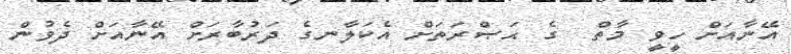
އޭނާއަށް ހީވީ މާތް  ގެ ޙަޞްރަތަށް އެކަލާނގެ ދަރުބާރަށް އޭނާއަށް ދެވުން